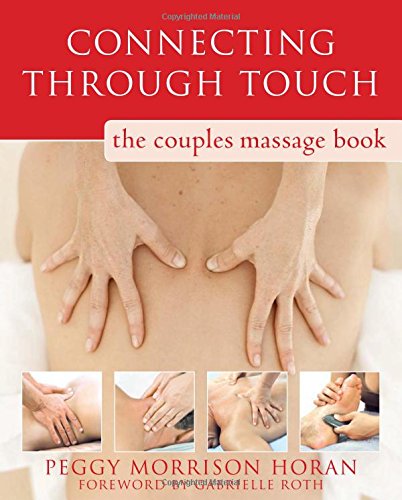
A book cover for Connecting Through Touch: The Couples' Massage Book; Peggy Morrison Horan; Health, Fitness & Dieting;